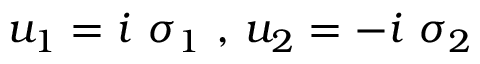
u _ { 1 } = i \ \sigma _ { 1 } ~ , \, u _ { 2 } = - i \ \sigma _ { 2 }